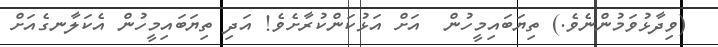
(ވިދާޅުވަމުންނެވެ.) ތިޔަބައިމީހުން  އަށް އަޅުކަންކުރާށެވެ! އަދި ތިޔަބައިމީހުން އެކަލާނގެއަށް